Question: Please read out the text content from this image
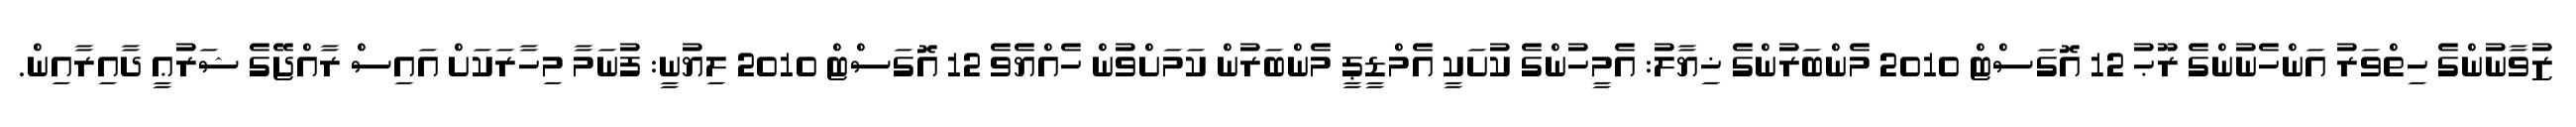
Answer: ޒުވާނުންގެ ހިތްވަރު އަންހެނުންގެ ރޫޙު 12 އޮގަސްޓް 2010 މެންބަރުންގެ ޚިޔާލު: އެމީހުންގެ ކުށަކީ އެމްޑީޕީ މެންބަރުން ކަމަށްވުން ހެއްޔެވެ 12 އޮގަސްޓް 2010 ލިޔުނީ: ފުނަމާ މިހާރަކަށް އައިސް ރާއްޖޭގެ ޝަރުޢީ ދާއިރާއިން.